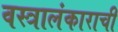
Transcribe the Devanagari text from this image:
वस्त्रालंकाराची